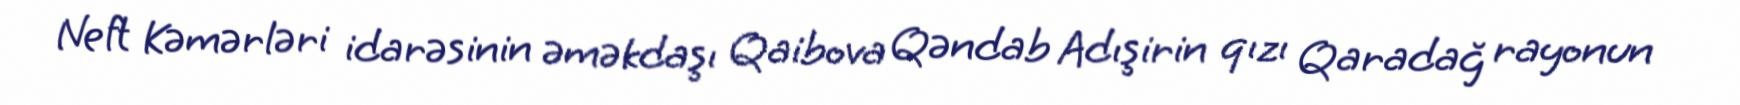
Neft Kəmərləri idarəsinin əməkdaşı Qaibova Qəndab Adışirin qızı Qaradağ rayonun